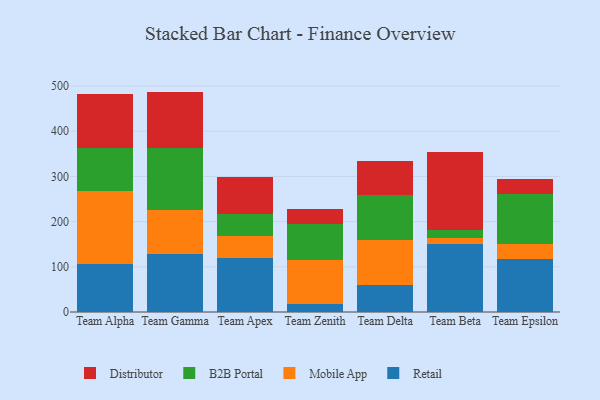
{"axis": {"x": "Team", "y": "Page Views"}, "legend": ["B2B Portal", "Distributor", "Mobile App", "Retail"], "data": [{"x": "Team Alpha", "y": 107.2, "type": "Retail"}, {"x": "Team Alpha", "y": 159.9, "type": "Mobile App"}, {"x": "Team Alpha", "y": 95.7, "type": "B2B Portal"}, {"x": "Team Alpha", "y": 118.5, "type": "Distributor"}, {"x": "Team Gamma", "y": 128.7, "type": "Retail"}, {"x": "Team Gamma", "y": 96.7, "type": "Mobile App"}, {"x": "Team Gamma", "y": 137.1, "type": "B2B Portal"}, {"x": "Team Gamma", "y": 125.2, "type": "Distributor"}, {"x": "Team Apex", "y": 120.6, "type": "Retail"}, {"x": "Team Apex", "y": 47.3, "type": "Mobile App"}, {"x": "Team Apex", "y": 48.1, "type": "B2B Portal"}, {"x": "Team Apex", "y": 83.0, "type": "Distributor"}, {"x": "Team Zenith", "y": 17.9, "type": "Retail"}, {"x": "Team Zenith", "y": 98.0, "type": "Mobile App"}, {"x": "Team Zenith", "y": 78.0, "type": "B2B Portal"}, {"x": "Team Zenith", "y": 34.8, "type": "Distributor"}, {"x": "Team Delta", "y": 58.8, "type": "Retail"}, {"x": "Team Delta", "y": 101.4, "type": "Mobile App"}, {"x": "Team Delta", "y": 99.2, "type": "B2B Portal"}, {"x": "Team Delta", "y": 75.0, "type": "Distributor"}, {"x": "Team Beta", "y": 149.7, "type": "Retail"}, {"x": "Team Beta", "y": 13.8, "type": "Mobile App"}, {"x": "Team Beta", "y": 17.6, "type": "B2B Portal"}, {"x": "Team Beta", "y": 173.8, "type": "Distributor"}, {"x": "Team Epsilon", "y": 117.9, "type": "Retail"}, {"x": "Team Epsilon", "y": 32.8, "type": "Mobile App"}, {"x": "Team Epsilon", "y": 109.5, "type": "B2B Portal"}, {"x": "Team Epsilon", "y": 34.8, "type": "Distributor"}]}